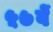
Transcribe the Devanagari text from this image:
५७वें